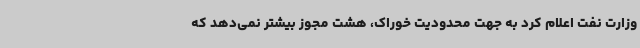
وزارت نفت اعلام کرد به جهت محدودیت خوراک، هشت مجوز بیشتر نمی‌دهد که